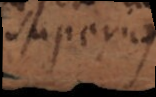
superius